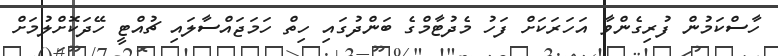
ހާސްކަމުން ފުރިގެންވާ އަހަރަކަށް ފަހު މެދުޓާމްގެ ބަންދުގައި ހިތް ހަމަޖައްސާލައި ޗުއްޓީ ހޭދަކޮށްލުމަށް